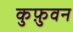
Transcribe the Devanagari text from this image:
कुफ़ुवन